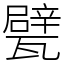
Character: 甓